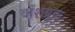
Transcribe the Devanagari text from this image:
वॉशब्रूक